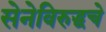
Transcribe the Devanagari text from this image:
सेनेविरुद्धचे